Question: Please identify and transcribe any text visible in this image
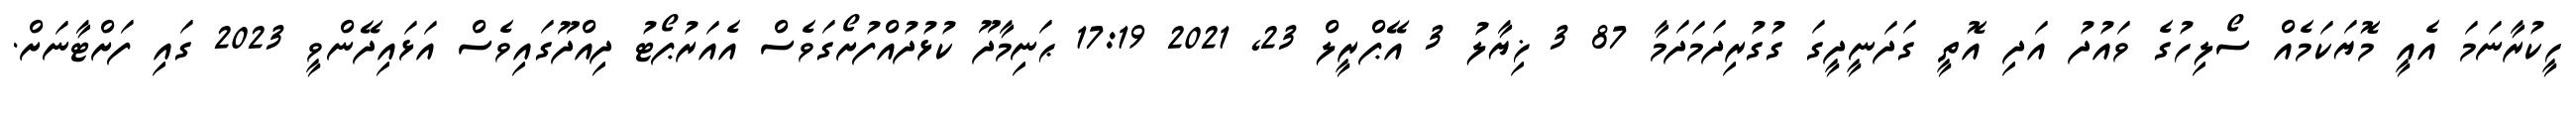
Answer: ހީކުރާނަމަ އެއީ މޮޔަކަމެއް ސޯލިހުގެ ވައުދު އަދި އޮތީ ގަދަނީދީގަ ގުގުރިދަމަދަމާ 87 3 ޚިޔާލު 3 އޭޕްރީލް 23, 2021 17:19 ޙަނިމާދޫ ކުޅުދުއްފުށޯގަވެސް އެއަރުޕޯޓު ދިއްދޫގައިވެސް އަޅައިދޭންވީ 2023 ގައި ފަށްޓާނަށް.